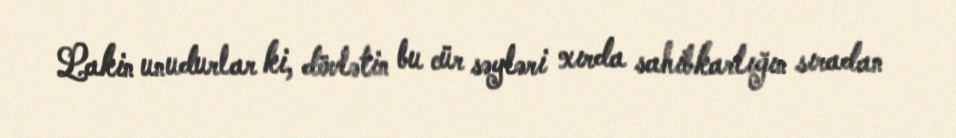
Lakin unudurlar ki, dövlətin bu cür səyləri xırda sahibkarlığın sıradan